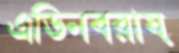
এডিনবরায়